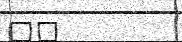
٧٤